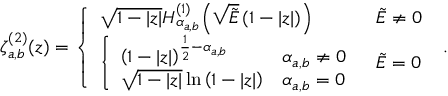
\zeta _ { a , b } ^ { ( 2 ) } ( z ) = \left\{ \begin{array} { l l } { \sqrt { 1 - | z | } H _ { \alpha _ { a , b } } ^ { ( 1 ) } \! \left( \sqrt { \tilde { E } } \left( 1 - | z | \right) \right) } & { \tilde { E } \neq 0 } \\ { \left\{ \begin{array} { l l } { { \left( 1 - | z | \right) } ^ { \frac { 1 } { 2 } - { \alpha _ { a , b } } } } & { { \alpha _ { a , b } } \neq 0 } \\ { \sqrt { 1 - | z | } \ln { \left( 1 - | z | \right) } } & { { \alpha _ { a , b } } = 0 } \end{array} \right. } & { \tilde { E } = 0 } \end{array} \right. \; .